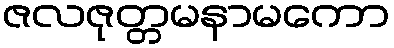
ဇလဇုတ္တမနာမကော